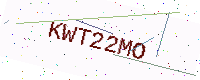
Text: KWT22MO